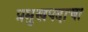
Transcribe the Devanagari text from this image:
प्रमुखपदाचा